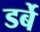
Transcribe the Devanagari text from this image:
डर्बे